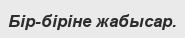
Бір-біріне жабысар.